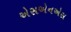
એસએનએસ